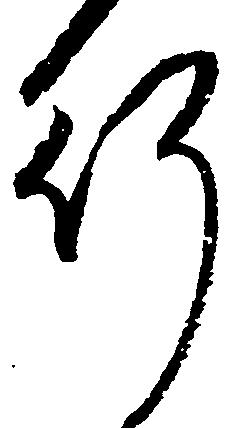
行